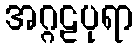
အဂ္ဂဠပုရာ